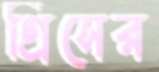
গ্রিসের